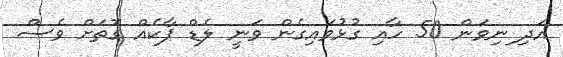
އަދި ިނިވަން 50 ހާއި ގުޅުވައިގެން ވަނީ ލެޑް ޕާކެއް ގޮތަށް ވެސް